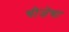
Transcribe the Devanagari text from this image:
चीजेचा